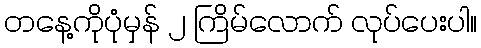
တနေ့ကိုပုံမှန် ၂ ကြိမ်လောက် လုပ်ပေးပါ။